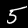
Label: 5